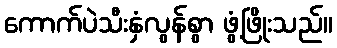
ကောက်ပဲသီးနှံလွန်စွာ ဖွံ့ဖြိုးသည်။